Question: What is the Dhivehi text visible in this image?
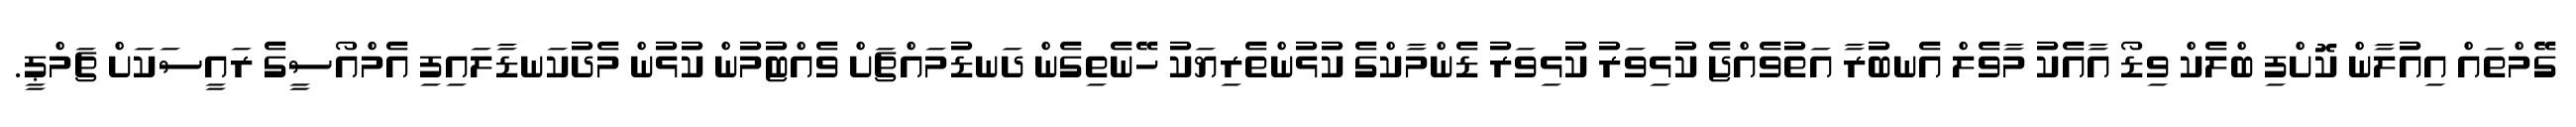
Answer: ގޭމްތައް އިއުލާން ކޮށްފި ބްލެކް ވިޑޯ އާއެކު މާވެލް އެނބުރާ އަތުވެއްޖެ ކުޅިވަރު ކުޅިވަރު ޑެންމާކްގެ ކުޅުންތެރިޔަކު ހޭނެތިގެން ދަނޑުމައްޗަށް ވެއްޓުމުން ކުޅުން މެދުކަނޑާލައިފި އެމްއޯސީގެ ރައީސަކަށް ޗަމްޕީ.